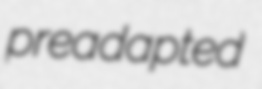
preadapted